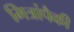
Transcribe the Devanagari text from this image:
मित्रांपैकी